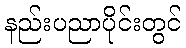
နည်းပညာပိုင်းတွင်